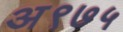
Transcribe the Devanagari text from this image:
अ९७५